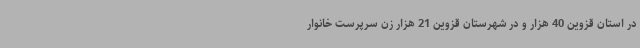
در استان قزوین 40 هزار و در شهرستان قزوین 21 هزار زن سرپرست خانوار